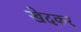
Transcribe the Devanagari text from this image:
खेदकर